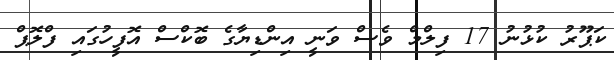
ކަޕޫރު ކުޅުނު 17 ފިލްމް ވެސް ވަނީ އިންޑިޔާގެ ބޮކްސް އޮފީހުގައި ފްލޮޕް